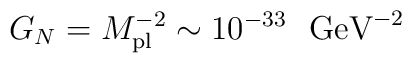
G_N=M_{\rm pl}^{-2} \sim 10^{-33} \ \ \mbox{GeV}^{-2}